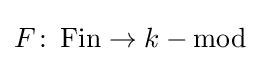
F\colon \operatorname {Fin} \to k-\mathrm {mod}